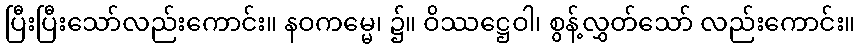
ပြီးပြီးသော်လည်းကောင်း။ နဝကမ္မေ၊ ၌။ ဝိဿဋ္ဌေဝါ၊ စွန့်လွှတ်သော် လည်းကောင်း။